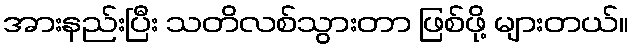
အားနည်းပြီး သတိလစ်သွားတာ ဖြစ်ဖို့ များတယ်။